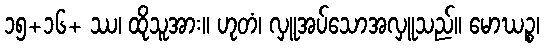
၁၅+၁၆+ ဿ၊ ထိုသူအား။ ဟုတံ၊ လှူအပ်သောအလှူသည်။ မောဃဉ္စ၊